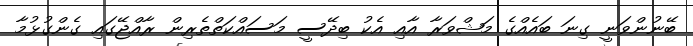
ބޭނުންވަނީ ގިނަ ބައެއްގެ މަޝްވަރާ އާއި އެކު ބިދޭސީ މަސައްކަތްތެރިން ރާއްޖޭގައި ގެންގުޅުމާ